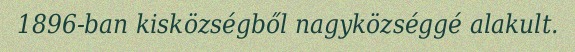
1896-ban kisközségből nagyközséggé alakult.